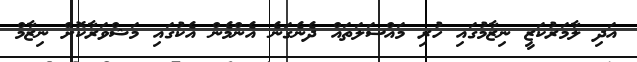
އަދި ލާމަރުކަޒީ ނިޒާމުގައި ހުރި މައްސަލަތައް ދެނެގަނެ އެންމެން އެކުގައި މަޝްވަރާކޮށް ނިޒާމް